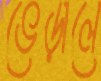
ভেড়ালে